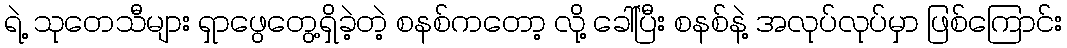
ရဲ့ သုတေသီများ ရှာဖွေတွေ့ရှိခဲ့တဲ့ စနစ်ကတော့ လို့ ခေါ်ပြီး စနစ်နဲ့ အလုပ်လုပ်မှာ ဖြစ်ကြောင်း